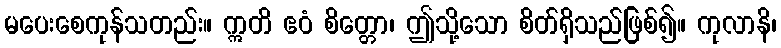
မပေးစေကုန်သတည်း။ ဣတိ ဧဝံ စိတ္တော၊ ဤသို့သော စိတ်ရှိသည်ဖြစ်၍။ ကုလာနိ၊